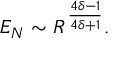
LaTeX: E _ { N } \sim R ^ { \frac { 4 \delta - 1 } { 4 \delta + 1 } } .